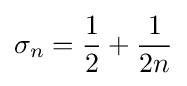
\sigma _{n}={\frac {1}{2}}+{\frac {1}{2n}}